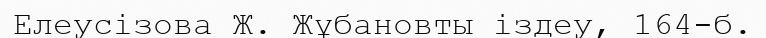
Елеусізова Ж. Жұбановты іздеу, 164-б.